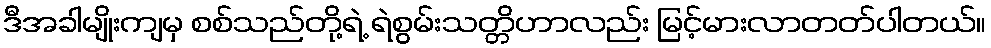
ဒီအခါမျိုးကျမှ စစ်သည်တို့ရဲ့ ရဲစွမ်းသတ္တိဟာလည်း မြင့်မားလာတတ်ပါတယ်။